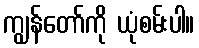
ကျွန်တော်ကို ယုံစမ်းပါ။